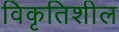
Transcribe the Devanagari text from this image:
विकृतिशील